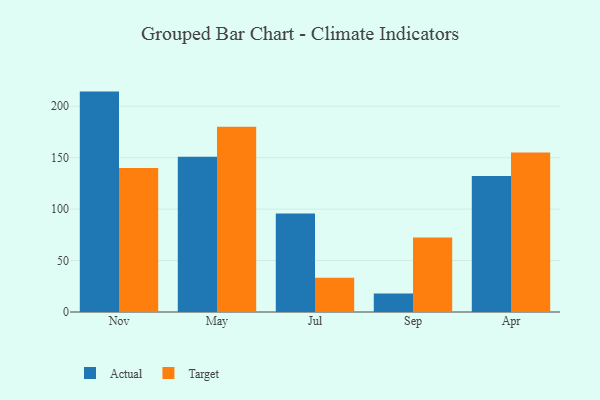
{"axis": {"x": "Month", "y": "Headcount"}, "legend": ["Actual", "Target"], "data": [{"x": "Nov", "y": 214.2, "type": "Actual"}, {"x": "Nov", "y": 139.9, "type": "Target"}, {"x": "May", "y": 150.9, "type": "Actual"}, {"x": "May", "y": 180.1, "type": "Target"}, {"x": "Jul", "y": 95.8, "type": "Actual"}, {"x": "Jul", "y": 33.2, "type": "Target"}, {"x": "Sep", "y": 18.1, "type": "Actual"}, {"x": "Sep", "y": 72.4, "type": "Target"}, {"x": "Apr", "y": 132.2, "type": "Actual"}, {"x": "Apr", "y": 155.0, "type": "Target"}]}